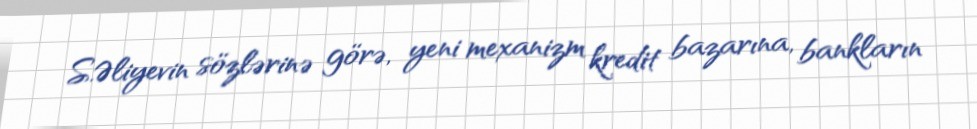
S.Əliyevin sözlərinə görə, yeni mexanizm kredit bazarına, bankların